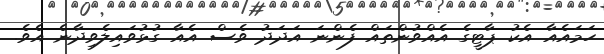
ހަމައެއާ އެކު ޕާޓީގެ އެއްވުންތައް ފެންނަ އަދަދު ވެސް އެއާ ގުޅުވައިލެވިދާނެ އެވެ.